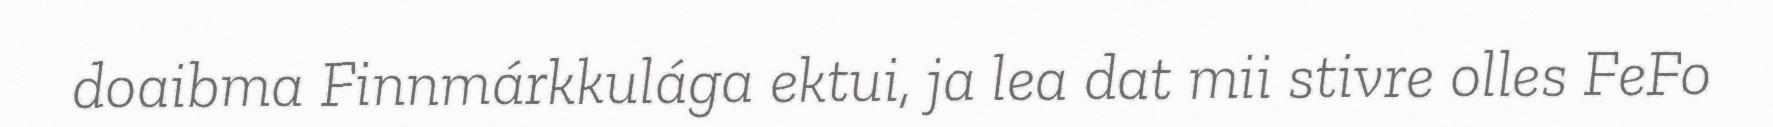
doaibma Finnmárkkulága ektui, ja lea dat mii stivre olles FeFo